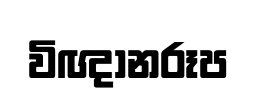
විඥානරූප